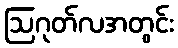
ဩဂုတ်လအတွင်း